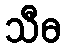
သီဓ